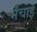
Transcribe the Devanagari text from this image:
भँचाई